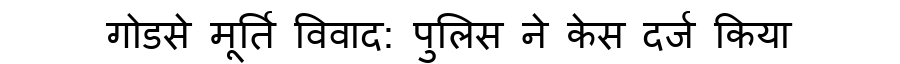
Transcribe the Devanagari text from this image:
गोडसे मूर्ति विवाद: पुलिस ने केस दर्ज किया